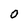
Character: 0